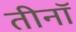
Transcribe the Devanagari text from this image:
तीनॉ